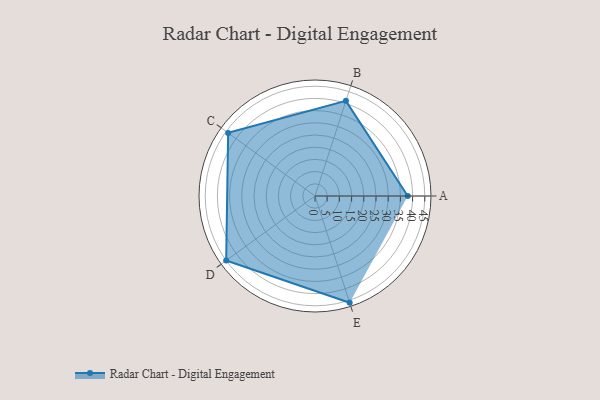
{"axis": {"x": "Skill", "y": "Score"}, "legend": ["Profile"], "data": [{"x": "A", "y": 38.0, "type": "Profile"}, {"x": "B", "y": 41.0, "type": "Profile"}, {"x": "C", "y": 44.0, "type": "Profile"}, {"x": "D", "y": 45.0, "type": "Profile"}, {"x": "E", "y": 46.0, "type": "Profile"}]}